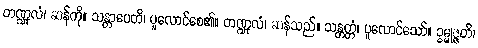
တဏ္ဍုလံ၊ ဆန်ကို။ သန္တာပေတိ၊ ပူလောင်စေ၏။ တဏ္ဍုလံ၊ ဆန်သည်။ သန္တတ္တံ၊ ပူလောင်သော်။ ဥမ္မုဇ္ဇတိ၊